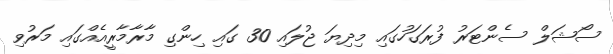
ސޯޝަލް ސެންޓަރު ފުރަގަހުގައި މިދިޔަ ޖުލައި 30 ގައި ހިންގި މާރާމާރީއެއްގައި މަރުވި